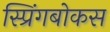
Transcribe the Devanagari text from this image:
स्प्रिंगबोकस